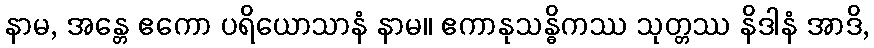
နာမ, အန္တေ ဧကော ပရိယောသာနံ နာမ။ ဧကာနုသန္ဓိကဿ သုတ္တဿ နိဒါနံ အာဒိ,